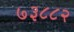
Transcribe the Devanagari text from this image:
७३८८२